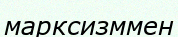
марксизммен